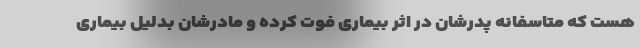
هست که متاسفانه پدرشان در اثر بیماری فوت کرده و مادرشان بدلیل بیماری